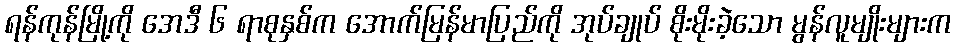
ရန်ကုန်မြို့ကို အေဒီ ၆ ရာစုနှစ်က အောက်မြန်မာပြည်ကို အုပ်ချုပ် စိုးမိုးခဲ့သော မွန်လူမျိုးများက